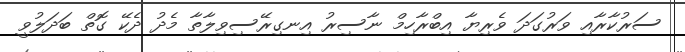
ސަރުކާރާއި ވަރުގަދަ ވެރިޔާ އިބްރާހިމް ނާސިރު އިނގިރޭސިވިލާތާ މެދު ދެކޭ ގޮތް ބަދަލުވީ